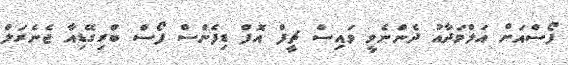
ފޯސްއަށް އަލްވަދާއު ދެންނެވީ ވައިސް ޗީފް އޮފް ޑިފެންސް ފޯސް ބްރިގޭޑިއާ ޖެނެރަލް